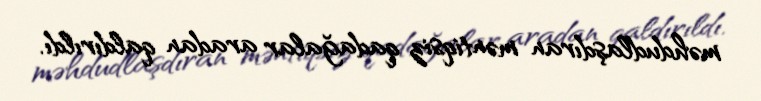
məhdudlaşdıran məntiqsiz qadağalar aradan qaldırıldı.